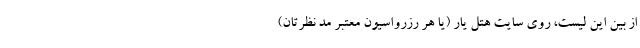
از بین این لیست، روی سایت هتل یار (یا هر رزرواسیون معتبر مد نظرتان)